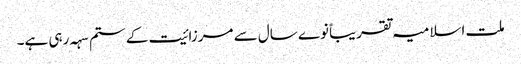
ملت اسلامیہ تقریباً نوے سال سے مرزائیت کے ستم سہہ رہی ہے۔